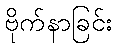
ဗိုက်နာခြင်း